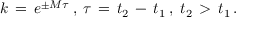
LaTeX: k \, = \, e ^ { \pm M \tau } \: , \: \tau \, = \, t _ { 2 } \, - \, t _ { 1 } \: , \; t _ { 2 } \, > \, t _ { 1 } \, .